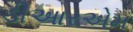
ડીઆરએમ